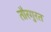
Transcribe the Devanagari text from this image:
तौरगुरत